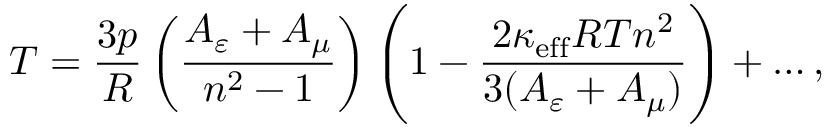
T = \frac { 3 p } { R } \left( \frac { A _ { \varepsilon } + A _ { \mu } } { n ^ { 2 } - 1 } \right) \left( 1 - \frac { 2 \kappa _ { \mathrm { e f f } } R T n ^ { 2 } } { 3 ( A _ { \varepsilon } + A _ { \mu } ) } \right) + \ldots ,